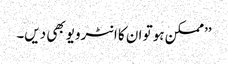
’’ممکن ہو تو ان کا انٹرویو بھی دیں۔